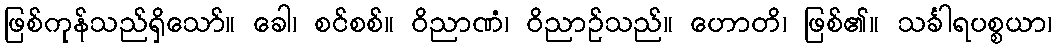
ဖြစ်ကုန်သည်ရှိသော်။ ခေါ၊ စင်စစ်။ ဝိညာဏံ၊ ဝိညာဉ်သည်။ ဟောတိ၊ ဖြစ်၏။ သင်္ခါရပစ္စယာ၊